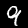
Digit: 9